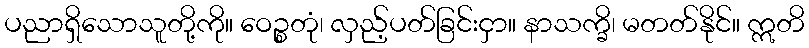
ပညာရှိသောသူတို့ကို။ ဝေဉ္စတုံ၊ လှည့်ပတ်ခြင်းငှာ။ နာသက္ခိ၊ မတတ်နိုင်။ ဣတိ